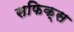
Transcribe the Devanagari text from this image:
सफिक्स